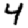
Digit: 4